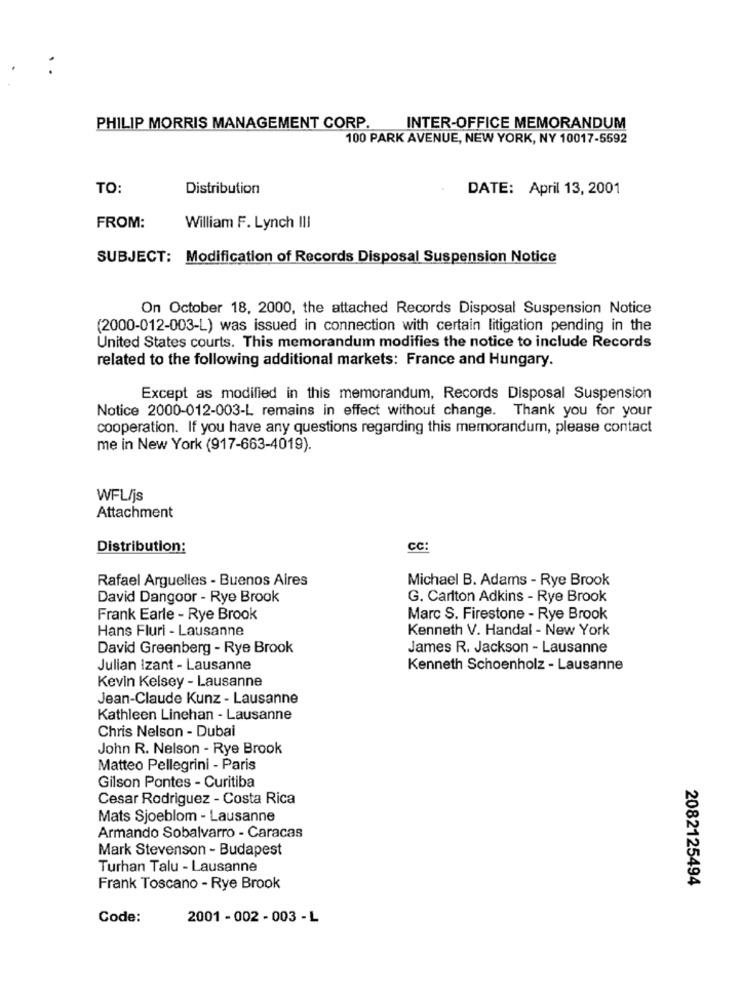
PHILIP MORRIS MANAGEMENT CORP.
INTER-OFFICE MEMORANDUM
100 PARK AVENUE, NEW YORK, NY 10017-5592
TO:
Distribution
DATE: April 13, 2001
FROM:
William F. Lynch III
SUBJECT: Modification of Records Disposal Suspension Notice
On October 18, 2000, the attached Records Disposal Suspension Notice
(2000-012-003-L) was issued in connection with certain litigation pending in the
United States courts. This memorandum modifies the notice to include Records
related to the following additional markets: France and Hungary.
Except as modified in this memorandum, Records Disposal Suspension
Notice 2000-012-003-L remains in effect without change. Thank you for your
cooperation. If you have any questions regarding this memorandum, please contact
me in New York (917-663-4019).
WFL/js
Attachment
Distribution:
cc:
Rafael Arguelles - Buenos Aires
Michael B. Adams - Rye Brook
David Dangoor - Rye Brook
G. Carlton Adkins - Rye Brook
Frank Earle - Rye Brook
Marc S. Firestone - Rye Brook
Hans Fluri - Lausanne
Kenneth V. Handal - New York
David Greenberg - Rye Brook
James R. Jackson - Lausanne
Julian Izant - Lausanne
Kenneth Schoenholz - Lausanne
Kevin Kelsey - Lausanne
Jean-Claude Kunz - Lausanne
Kathleen Linehan - Lausanne
Chris Nelson - Dubai
John R. Nelson - Rye Brook
Matteo Pellegrini - Paris
Gilson Pontes - Curitiba
Cesar Rodriguez - Costa Rica
Mats Sjoeblom - Lausanne
Armando Sobalvarro - Caracas
Mark Stevenson - Budapest
Turhan Talu - Lausanne
2082125494
Frank Toscano - Rye Brook
Code:
2001 - 002 - 003 - L